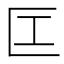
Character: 匞